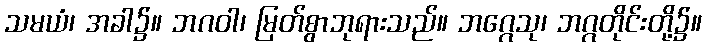
သမယံ၊ အခါ၌။ ဘဂဝါ၊ မြတ်စွာဘုရားသည်။ ဘဂ္ဂေသု၊ ဘဂ္ဂတိုင်းတို့၌။